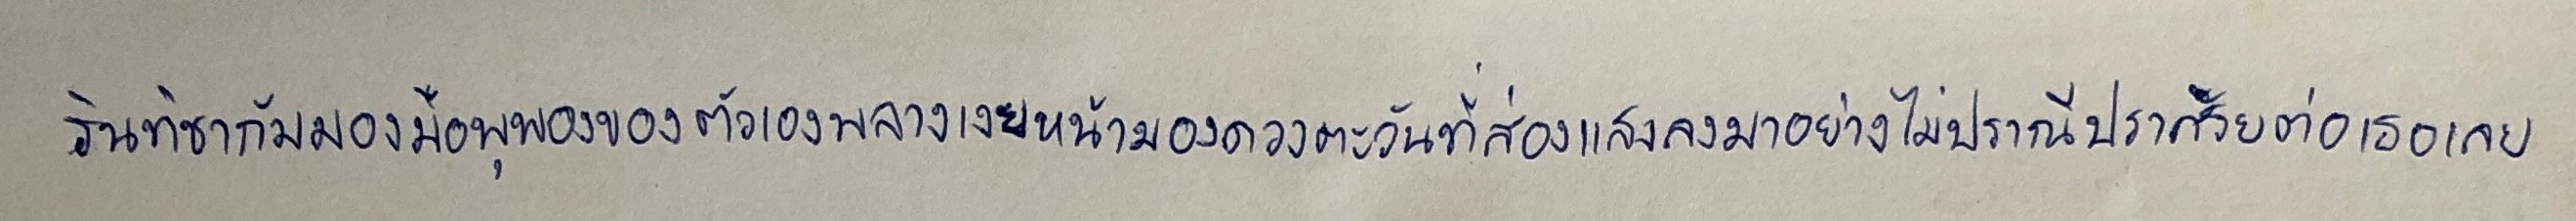
รินทิชาก้มมองมือพุพองของตัวเองพลางเงยหน้ามองดวงตะวันที่ส่องแสงลงมาอย่างไม่ปรานีปราศรัยต่อเธอเลย